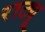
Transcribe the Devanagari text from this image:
राट्यू